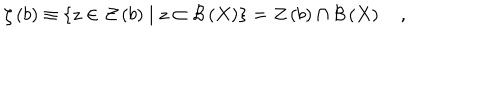
\zeta \left( b \right) \equiv \left\{ z \in { \cal Z } \left( b \right) \mid z \subset { \cal B } \left( X \right) \right\} = { \cal Z } \left( b \right) \cap { \cal B } \left( X \right) \quad ,